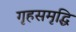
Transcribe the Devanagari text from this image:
गृहसमृद्धि